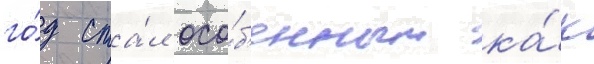
го́д ста́л осо́б'енным ка́к